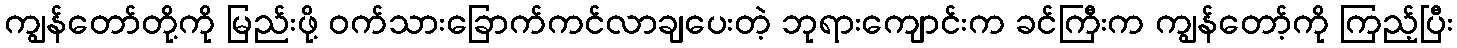
ကျွန်တော်တို့ကို မြည်းဖို့ ဝက်သားခြောက်ကင်လာချပေးတဲ့ ဘုရားကျောင်းက ခင်ကြီးက ကျွန်တော့်ကို ကြည့်ပြီး